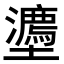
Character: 𭐉